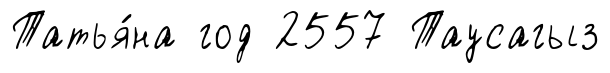
Татья́на год 2557 Таусагыз